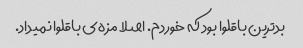
بدترین باقلوا بود که خوردم. اصلا مزه‌ی باقلوا نمیداد.